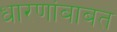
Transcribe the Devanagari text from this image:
धारणांबाबत